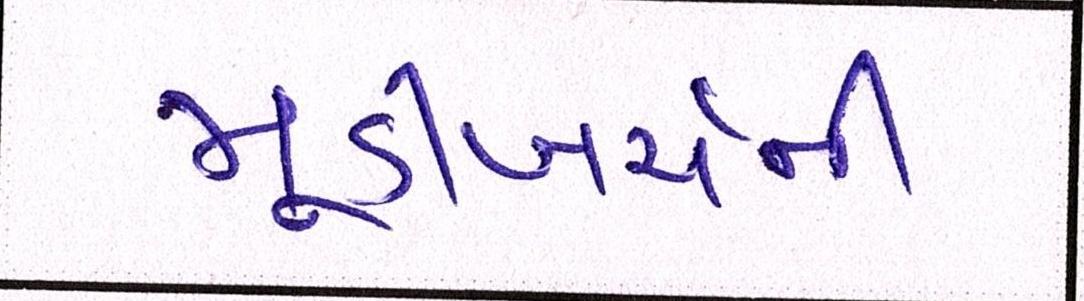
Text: મૂડીખર્ચની